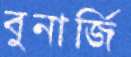
বুনার্জি